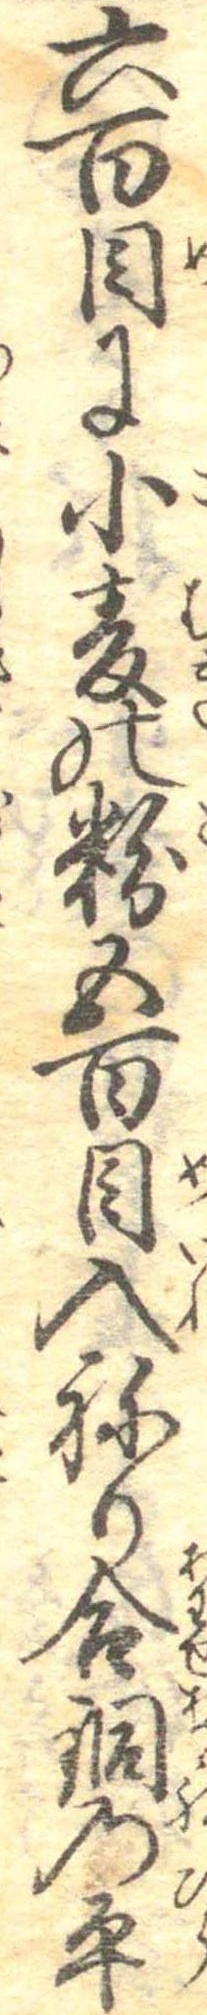
六百目に小麦の粉五百目入ねり合銅の平